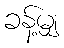
ခန့်မျှ